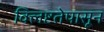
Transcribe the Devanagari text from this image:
क्लिष्टतेपासून